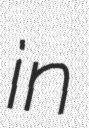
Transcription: in